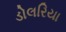
ડોલરિયા